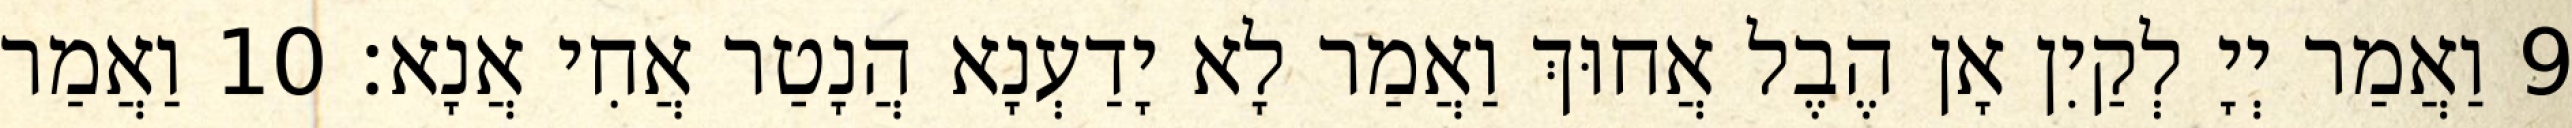
9 וַאֲמַר יְיָ לְקַיִן אָן הֶבֶל אֲחוּךְ וַאֲמַר לָא יָדַעְנָא הֲנָטַר אֲחִי אֲנָא׃ 10 וַאֲמַר